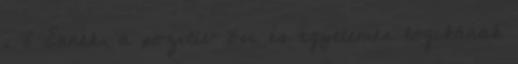
. 8 Ennek, a pozitív õsi és egyetemes logikának